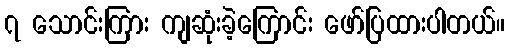
၇ သောင်းကြား ကျဆုံးခဲ့ကြောင်း ဖော်ပြထားပါတယ်။